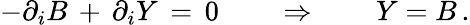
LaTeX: -\partial_{i}B\, +\, \partial_{i}Y\, =\, 0\qquad\Rightarrow\qquad Y=B\, .